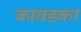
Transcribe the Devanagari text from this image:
कावडकर